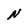
Character: N